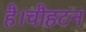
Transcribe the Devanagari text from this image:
है।चौहटन